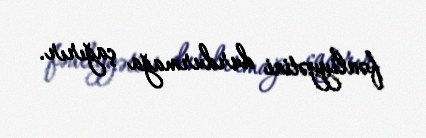
fəaliyyətini durdurmağa çağırır.